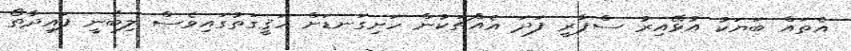
އެތައް ބަޔަކު އުޅޭއިރު ސްޕާރީ ފަދަ އެއްޗަކުން ހަށިގަނޑަށް ހަޤީގަތުގައިވެސް ލިބެނީ ފައިދާތޯ